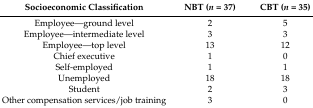
<table><thead><tr><td><b>Socioeconomic Classification</b></td><td><b>NBT (<i>n</i> = 37)</b></td><td><b>CBT (<i>n</i> = 35)</b></td></tr></thead><tbody><tr><td>Employee—ground level </td><td>2</td><td>5</td></tr><tr><td>Employee—intermediate level </td><td>3</td><td>3</td></tr><tr><td>Employee—top level </td><td>13 </td><td>12</td></tr><tr><td>Chief executive </td><td>1</td><td>0</td></tr><tr><td>Self-employed </td><td>1</td><td>1</td></tr><tr><td>Unemployed </td><td>18 </td><td>18</td></tr><tr><td>Student</td><td>2</td><td>3</td></tr><tr><td>Other compensation services/job training</td><td>3</td><td>0</td></tr></tbody></table>